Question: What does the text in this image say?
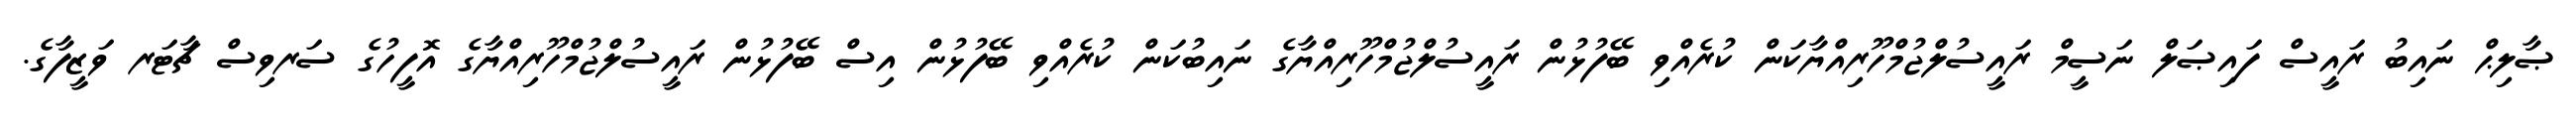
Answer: ޞާލިޙް ނައިބު ރައީސް ފައިޞަލް ނަސީމް ރައީސުލްޖުމްހޫރިއްޔާކަން ކުރެއްވި ބޭފުޅުން ރައީސުލްޖުމްހޫރިއްޔާގެ ނައިބުކަން ކުރެއްވި ބޭފުޅުން އިސް ބޭފުޅުން ރައީސުލްޖުމްހޫރިއްޔާގެ އޮފީހުގެ ސަރވިސް ޗާޓަރ ވަޒީފާގެ.